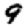
Digit: 9